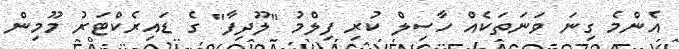
އެންމެ ގިނަ ވަނަތަކެއް ހާސިލް ކުރި ފިލްމު "ލޫދިފާ" ގެ ޑައިރެކްޓަރު މޫމިން